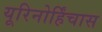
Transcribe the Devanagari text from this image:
यूरिनोर्हिंचास